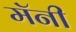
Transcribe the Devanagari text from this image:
मॅनी